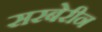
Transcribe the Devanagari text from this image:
सरबेरीन